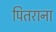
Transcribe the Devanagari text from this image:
पितराना